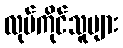
လုပ်ကိုင်သူများ